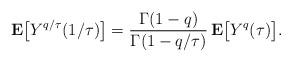
LaTeX: \begin{align*}{\bf E}\bigl[Y^{q/\tau}(1/\tau)\bigr] = \frac{\Gamma(1-q)}{\Gamma(1-q/\tau)}\,{\bf E}\bigl[Y^q(\tau)\bigr]. \end{align*}